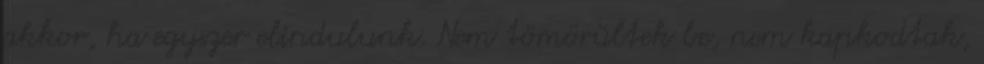
akkor, ha egyszer elindulunk. Nem tömörültek be, nem kapkodtak,